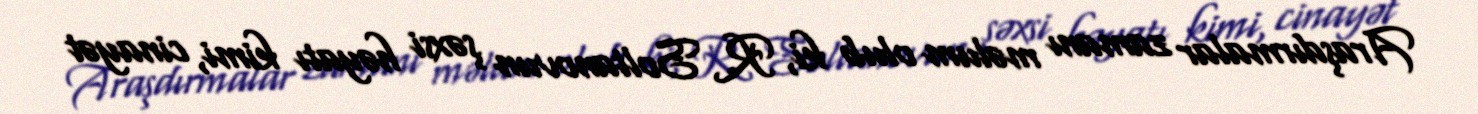
Araşdırmalar zamanı məlum olub ki, R. Soltanovun şəxsi həyatı kimi, cinayət